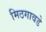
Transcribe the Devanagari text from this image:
मिठगावडे